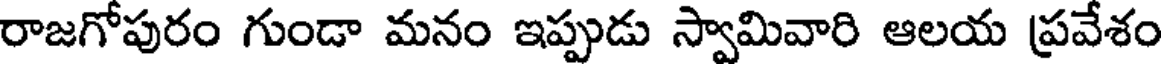
రాజగోపురం గుండా మనం ఇప్పుడు స్వామివారి ఆలయ ప్రవేశం